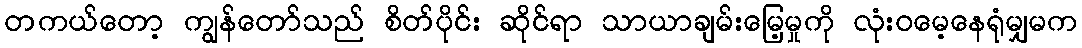
တကယ်တော့ ကျွန်တော်သည် စိတ်ပိုင်း ဆိုင်ရာ သာယာချမ်းမြေ့မှုကို လုံးဝမေ့နေရုံမျှမက